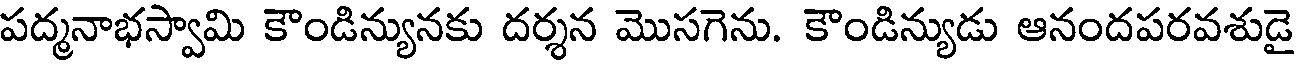
పద్మనాభస్వామి కౌండిన్యునకు దర్శన మొసగెను. కౌండిన్యుడు ఆనందపరవశుడై